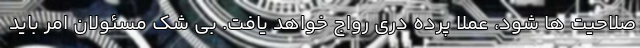
صلاحیت ها شود، عملا پرده دری رواج خواهد یافت. بی شک مسئولان امر باید